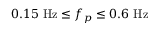
0 . 1 5 ~ \mathrm { H z } \leq f _ { p } \leq 0 . 6 ~ \mathrm { H z }